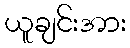
ယူချင်းအား